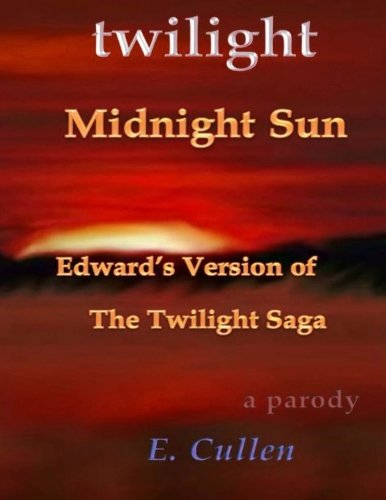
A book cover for Twilight Midnight Sun: Edward's Version of The Twilight Saga (A Parody) (Volume 1); E. Cullen; Humor & Entertainment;